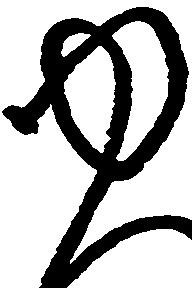
ゆ